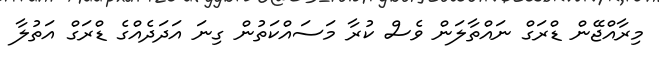
މިރާއްޖޭން ޑްރަގް ނައްތާލަން ވެސް ކުރާ މަސައްކަތުން ގިނަ އަދަދެއްގެ ޑްރަގް އަތުލާ